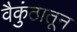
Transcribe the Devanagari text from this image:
वैकुंठातून